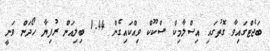
ބަޖެޓްގައިވާ ގޮތުގައި އިސްލާމިކް ސްކޫކް ވިއްކައިގެން 1.44 ބިލިއަން ރުފިޔާ ހޯދަން ވަނީ